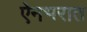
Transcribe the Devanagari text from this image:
ऐनभरात